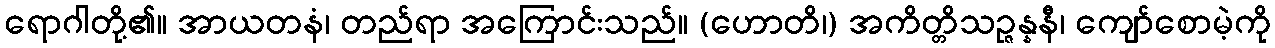
ရောဂါတို့၏။ အာယတနံ၊ တည်ရာ အကြောင်းသည်။ (ဟောတိ၊) အကိတ္တိသဉ္ဇန္နနီ၊ ကျော်စောမဲ့ကို